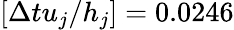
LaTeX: [\Delta tu_{j}/h_{j}]=0.0246